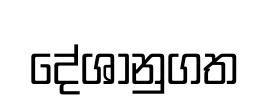
දේශානුගත